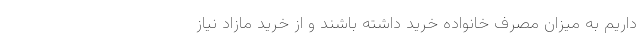
داریم به میزان مصرف خانواده خرید داشته باشند و از خرید مازاد نیاز